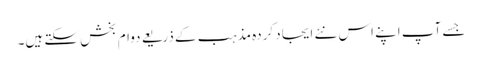
جسے آپ اپنے اس نئے ایجاد کردہ مذہب کے ذریعے دوام بخش سکتے ہیں۔